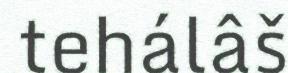
tehálâš